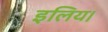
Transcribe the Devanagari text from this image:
इलिय।